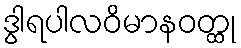
ဒွါရပါလဝိမာနဝတ္ထု